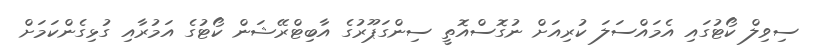
ސިވިލް ކޯޓުގައި އެމައްސަލަ ކުރިއަށް ނުގޮސްއޮތީ ސިންގަޕޫރުގެ އާބިޓްރޭޝަން ކޯޓުގެ އަމުރާއި ގުޅިގެންކަމަށް